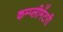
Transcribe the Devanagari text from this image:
कम्प्लीमेंटरी